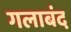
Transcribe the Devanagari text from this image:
गलाबंद